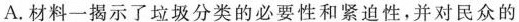
A.材料一揭示了垃圾分类的必要性和紧迫性，并对民众的